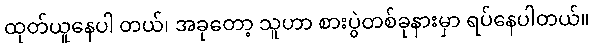
ထုတ်ယူနေပါ တယ်၊ အခုတော့ သူဟာ စားပွဲတစ်ခုနားမှာ ရပ်နေပါတယ်။